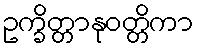
ဥက္ခိတ္တာနုဝတ္တိကာ